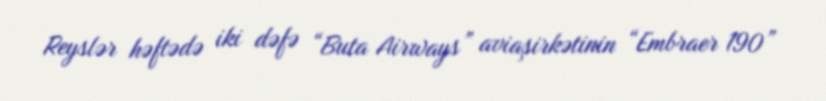
Reyslər həftədə iki dəfə “Buta Airways” aviaşirkətinin “Embraer 190”